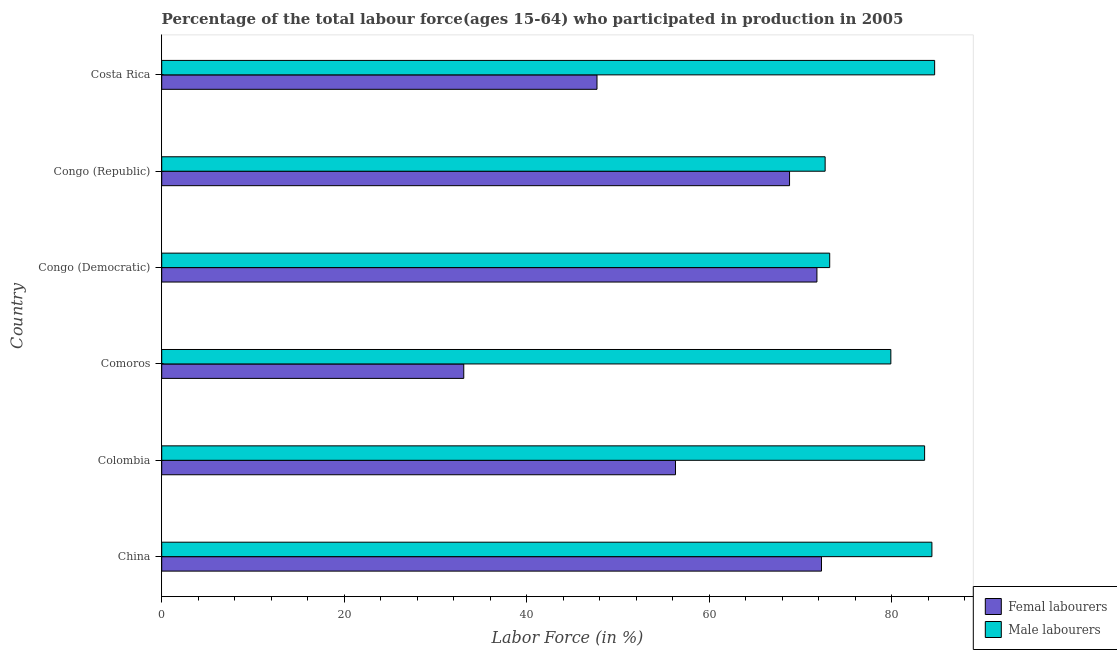
| Country | Femal labourers | Male labourers |
 | --- | --- | --- |
 | China | 72.3 | 84.4 |
 | Colombia | 56.3 | 83.6 |
 | Comoros | 33.1 | 79.9 |
 | Congo (Democratic) | 71.8 | 73.2 |
 | Congo (Republic) | 68.8 | 72.7 |
 | Costa Rica | 47.7 | 84.7 |